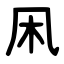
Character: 凩